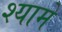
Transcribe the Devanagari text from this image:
श्यामे